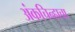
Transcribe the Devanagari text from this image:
अंकचिन्हाचा